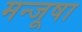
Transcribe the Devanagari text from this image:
मन्जूषा